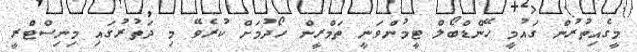
މީގެއިތުރުން ގައުމީ ހޭންޑްބޯލް ޓީމުންވަނީ ތަމްރީން ހޯދުމަށް ކުރެވޭ މި ދަތުރުގައި މިނިސްޓްރީ